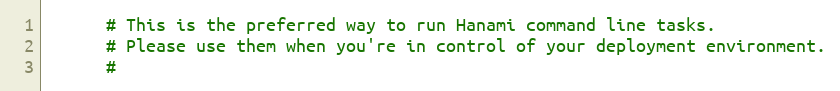
Language: Ruby
      # This is the preferred way to run Hanami command line tasks.
      # Please use them when you're in control of your deployment environment.
      #